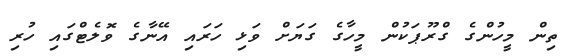
ތިން މީހުންގެ ގްރޫޕަކުން މީހާގެ ގަޔަށް ވަޅި ހަރައި އޭނާގެ ވޮލެޓްގައި ހުރި